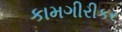
કામગીરીકર